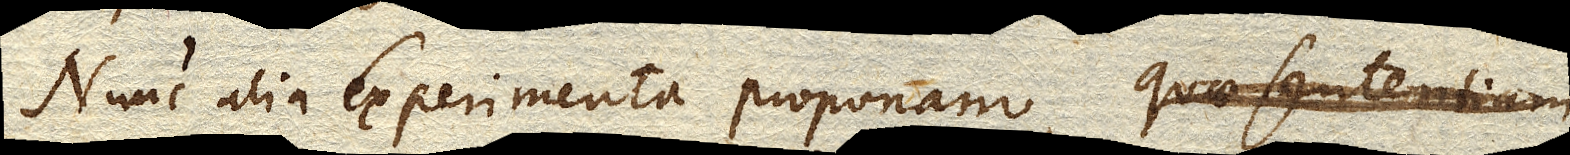
Nunc alia Experimenta proponam, quae sententiam